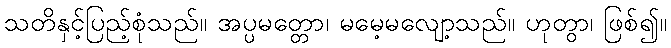
သတိနှင့်ပြည့်စုံသည်။ အပ္ပမတ္တော၊ မမေ့မလျော့သည်။ ဟုတွာ၊ ဖြစ်၍။